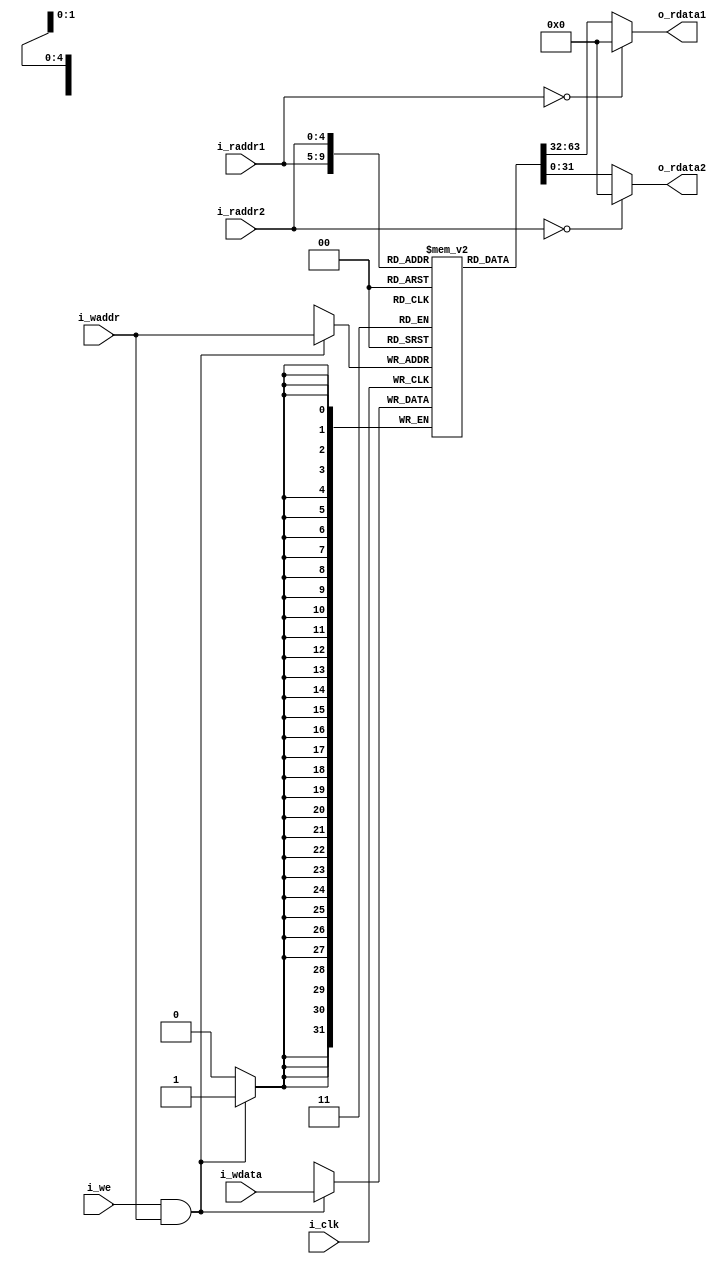

module regFile(i_clk, 
               i_raddr1, 
               i_raddr2, 
               i_waddr, 
               i_wdata, 
               i_we,
               o_rdata1,
               o_rdata2 
               );
               
input           i_clk, i_we;
input   [4:0]   i_raddr1, i_raddr2, i_waddr;
input   [31:0]  i_wdata;           
output  [31:0]  o_rdata1, o_rdata2;

reg [31:0] reg_file [31:1];

assign o_rdata1 = (i_raddr1 == 0 ? 0 : reg_file[i_raddr1]);
assign o_rdata2 = (i_raddr2 == 0 ? 0 : reg_file[i_raddr2]);

always @ (posedge i_clk) begin
    if (i_we && i_waddr)
        reg_file[i_waddr] <= i_wdata;
end

endmodule